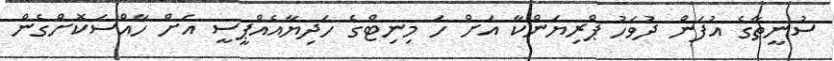
ސުނީތާގެ އުފަން ދުވަހު ޕްރިޔަންކާ އަށް ހަ މިނިޓްގެ ހަދިޔާއެއްޕީސީ އަށް ހާއްސަކޮށްގެން